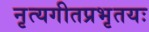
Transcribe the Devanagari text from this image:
नृत्यगीतप्रभृतयः